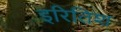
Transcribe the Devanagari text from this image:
इरितिश